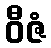
ဝီဇံ